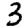
Digit: 3